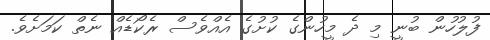
ފުލުހުން ބުނީ މި ދެ މީހުންގެ ކުށުގެ އެއްވެސް ރެކޯޑެއް ނެތް ކަމަށެވެ.